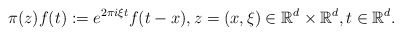
\begin{align*}\pi(z)f(t) := e^{2\pi i \xi t} f(t-x), z=(x,\xi) \in {\mathbb{R}^d}\times {\mathbb{R}^d}, t \in {\mathbb{R}^d}.\end{align*}